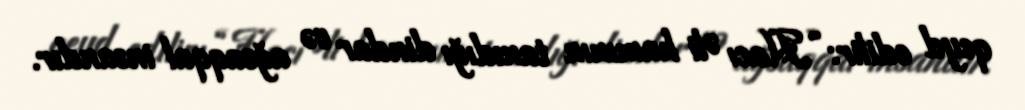
qeyd edilir: “Hacı Əli hamının tanıdığı dindar və ağsaqqal insandır.